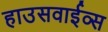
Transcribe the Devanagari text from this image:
हाउसवाईव्स